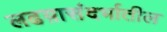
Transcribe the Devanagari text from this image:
लढय़ासंदर्भातील